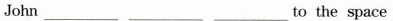
John_________ _________ _________to the space